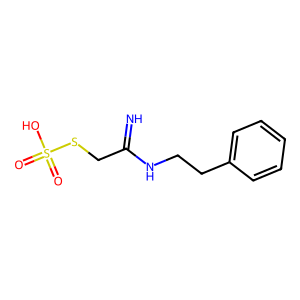
SMILES: N=C(CSS(=O)(=O)O)NCCc1ccccc1
Inhibits HIV replication: No